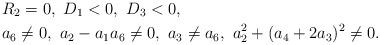
LaTeX: \begin{align*}&R_2=0,\ D_1<0,\ D_3<0,\ \\&a_6\neq 0,\ a_2-a_1a_6\neq 0,\ a_3\neq a_6,\ a_2^2+(a_4+2a_3)^2\neq 0. \end{align*}